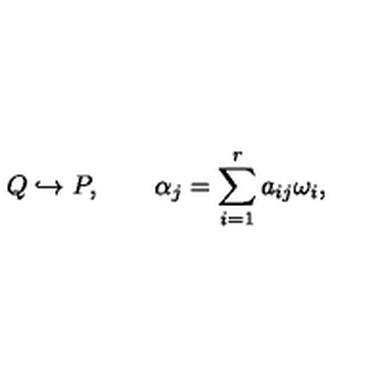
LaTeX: Q \hookrightarrow P , \qquad \alpha _ { j } = \sum _ { i = 1 } ^ { r } a _ { i j } \omega _ { i } ,